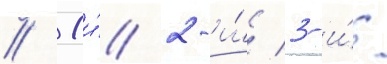
// 1-и́/ 2-и́/ 3-и́/